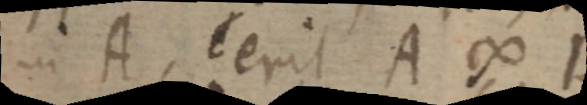
in A, erit A ∞ B